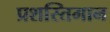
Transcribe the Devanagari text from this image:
प्रशस्तिमान